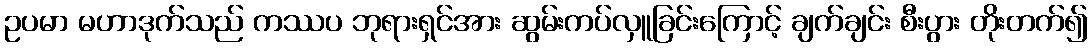
ဥပမာ မဟာဒုက်သည် ကဿပ ဘုရားရှင်အား ဆွမ်းကပ်လှူခြင်းကြောင့် ချက်ချင်း စီးပွား တိုးတက်၍